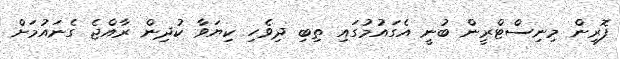
ފޮރިން މިނިސްޓްރީން ބުނީ އެގައުމުގައި ތިބި ދިވެހި ކިޔަވާ ކުދިން ރާއްޖެ ގެނައުމަށް